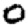
Digit: 0